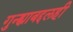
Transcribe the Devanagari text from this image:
गुन्ह्याबद्दलही